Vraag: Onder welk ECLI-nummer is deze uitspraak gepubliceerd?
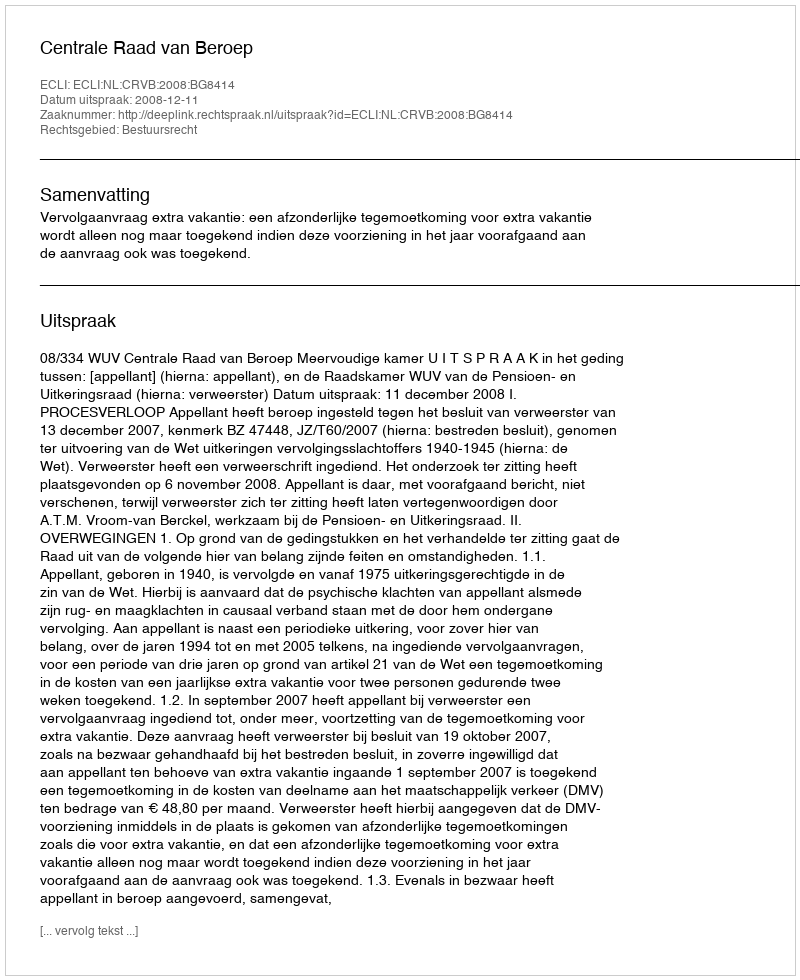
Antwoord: ECLI:NL:CRVB:2008:BG8414